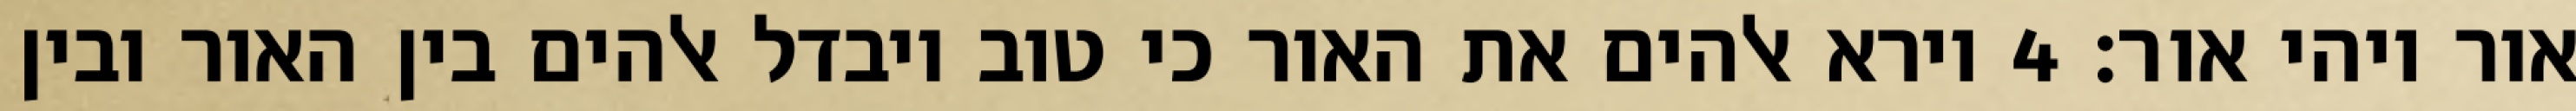
אור ויהי אור׃ ‎4‏ וירא אלהים את האור כי טוב ויבדל אלהים בין האור ובין